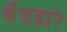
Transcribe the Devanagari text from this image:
बँडद्वारे